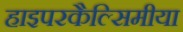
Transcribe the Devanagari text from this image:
हाइपरकैल्सिमीया